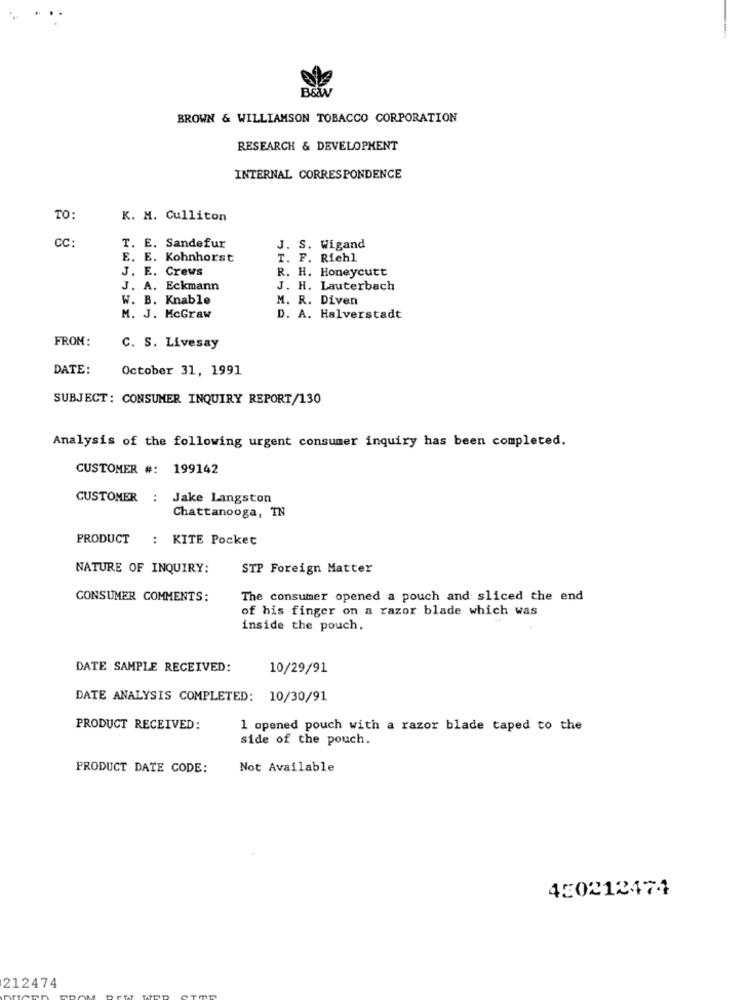
B&
BROWN & WILLIAMSON TOBACCO CORPORATION
RESEARCH & DEVELOPMENT
INTERNAL CORRESPONDENCE
TO:
K. M. Culliton
CC:
T. E. Sandefur
J. S. Wigand
E. E. Kohnhorst
T. F. Riehl
J. E. Crews
R. H. Honeycutt
J. A. Eckmann
J. H. Lauterbach
W. B. Knable
M. R. Diven
M. J. McGraw
D. A. Halverstadt
FROM:
C. S. Livesay
DATE:
October 31, 1991
SUBJECT: CONSUMER INQUIRY REPORT/130
Analysis of the following urgent consumer inquiry has been completed.
CUSTOMER #: 199142
CUSTOMER
: Jake Langston
Chattanooga, TN
PRODUCT
: KITE Pocket
NATURE OF INQUIRY:
STP Foreign Matter
CONSUMER COMMENTS:
The consumer opened a pouch and sliced the end
of his finger on a razor blade which was
inside the pouch.
DATE SAMPLE RECEIVED:
10/29/91
DATE ANALYSIS COMPLETED: 10/30/91
PRODUCT RECEIVED:
1 opened pouch with a razor blade taped to the
side of the pouch.
PRODUCT DATE CODE:
Not Available
450212474
212474